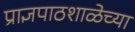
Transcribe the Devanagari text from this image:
प्राज्ञपाठशाळेच्या